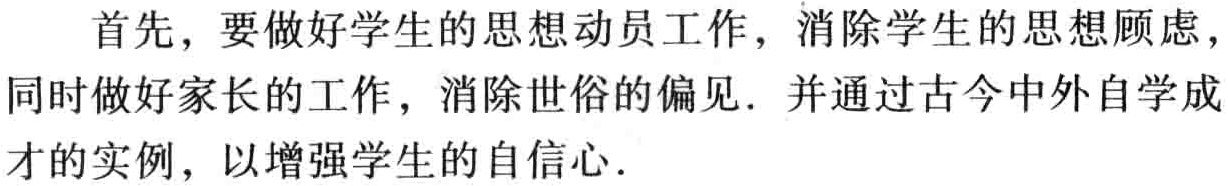
首先，要做好学生的思想动员工作，消除学生的思想顾虑，同时做好家长的工作，消除世俗的偏见. 并通过古今中外自学成才的实例，以增强学生的自信心.